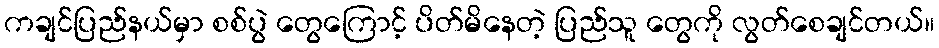
ကချင်ပြည်နယ်မှာ စစ်ပွဲ တွေကြောင့် ပိတ်မိနေတဲ့ ပြည်သူ တွေကို လွတ်စေချင်တယ်။